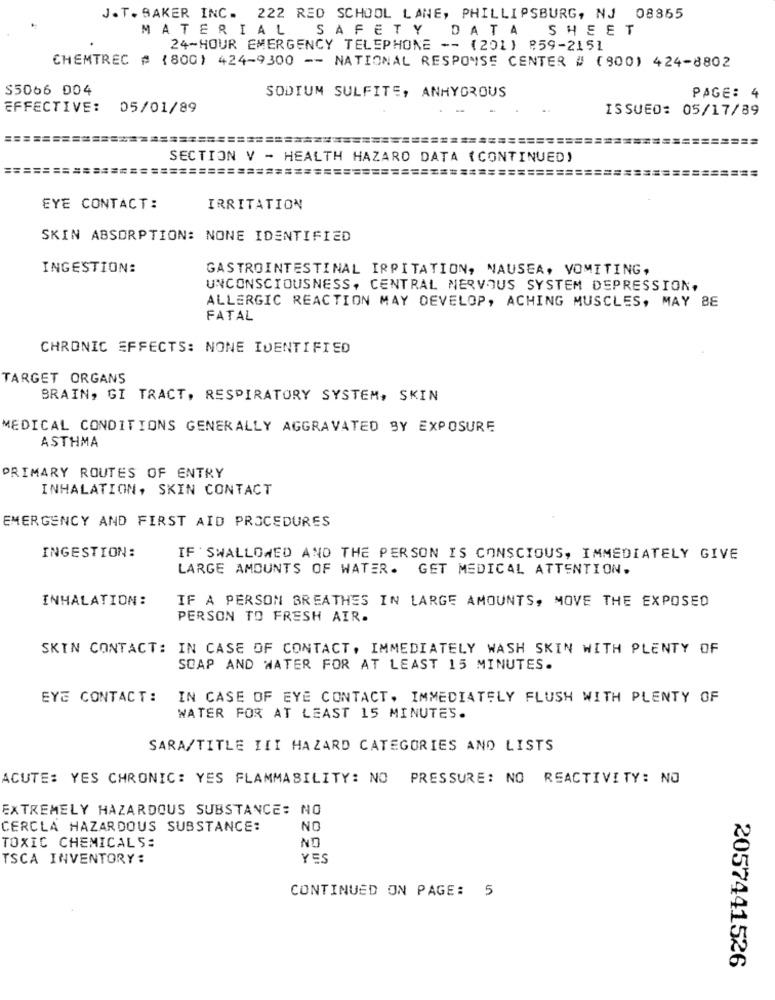
J.T.BAKER INC. 222 RED SCHOOL LANE, PHILLIPSBURG, NJ 08855
MATERIAL SAFETY DATA
SHEET
24-HOUR EMERGENCY TELEPHONE -- (201) 859-2151
CHEMTREC # (800) 424-9300 -- NATIONAL RESPONSE CENTER # (900) 424-8802
$5066 004
SODIUM SULFITE, ANHYDROUS
PAGE: 4
EFFECTIVE: 05/01/89
ISSUED: 05/17/89
=================
SECTION V - HEALTH HAZARD DATA (CONTINUED)
===
EYE CONTACT:
IRRITATION
SKIN ABSORPTION: NONE IDENTIFIED
INGESTION:
GASTROINTESTINAL IRRITATION, NAUSEA, VOMITING,
UNCONSCIOUSNESS, CENTRAL NERVOUS SYSTEM DEPRESSION,
ALLERGIC REACTION MAY DEVELOP, ACHING MUSCLES, MAY BE
FATAL
CHRONIC EFFECTS: NONE IDENTIFIED
TARGET ORGANS
BRAIN, GI TRACT, RESPIRATORY SYSTEM, SKIN
MEDICAL CONDITIONS GENERALLY AGGRAVATED BY EXPOSURE
ASTHMA
PRIMARY ROUTES OF ENTRY
INHALATION, SKIN CONTACT
EMERGENCY AND FIRST AID PROCEDURES
INGESTION:
IF SWALLOWED AND THE PERSON IS CONSCIOUS, IMMEDIATELY GIVE
LARGE AMOUNTS OF WATER. GET MEDICAL ATTENTION.
INHALATION:
IF A PERSON BREATHES IN LARGE AMOUNTS, MOVE THE EXPOSED
PERSON TO FRESH AIR.
SKIN CONTACT: IN CASE OF CONTACT, IMMEDIATELY WASH SKIN WITH PLENTY OF
SOAP AND WATER FOR AT LEAST 15 MINUTES.
EYE CONTACT:
IN CASE OF EYE CONTACT. IMMEDIATELY FLUSH WITH PLENTY OF
WATER FOR AT LEAST 15 MINUTES.
SARA/TITLE III HAZARD CATEGORIES AND LISTS
ACUTE: YES CHRONIC: YES FLAMMABILITY: NO
PRESSURE: NO REACTIVITY: NO
EXTREMELY HAZARDOUS SUBSTANCE: NO
CERCLA HAZARDOUS SUBSTANCE:
NO
NO
TOXIC CHEMICALS:
TSCA INVENTORY:
YES
CONTINUED ON PAGE: 5
2057441526